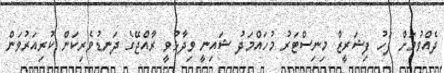
ދެއްވުމަށް ފަހު ފިޝަރީޒް މިނިސްޓަރު މުހައްމަދު ޝައިނީ ވިދާޅުވީ ރާއްޖޭގެ ދަނޑުވެރިކަން ކުރިއަރުވަން